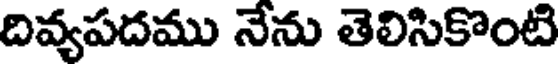
దివ్యపదము నేను తెలిసికొంటి